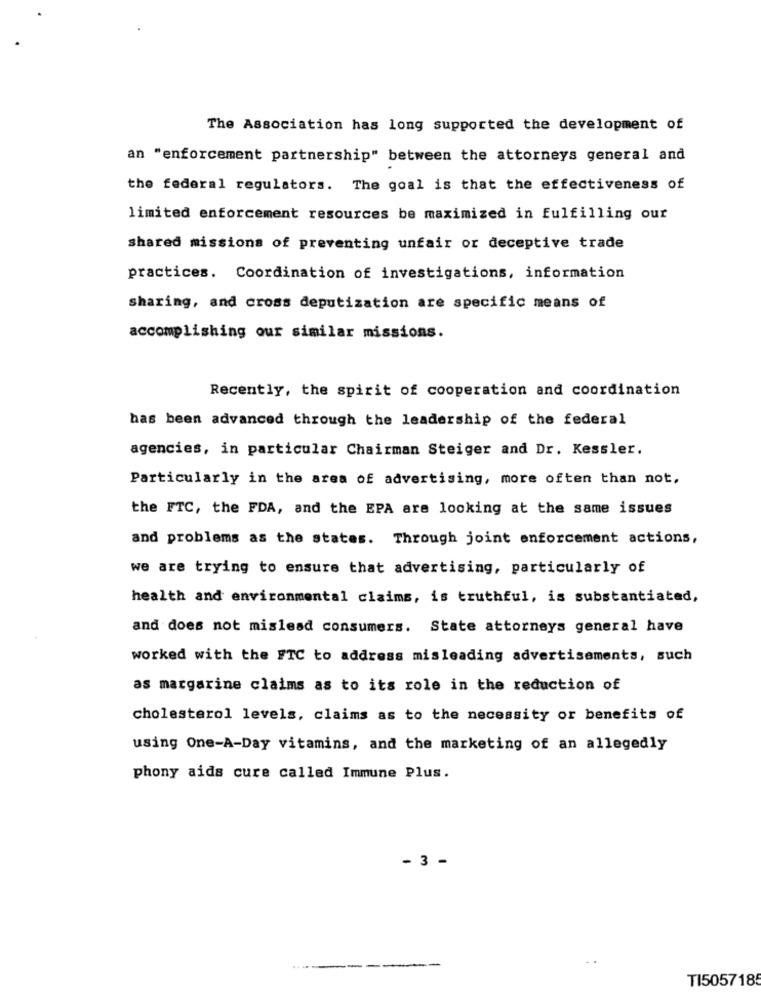
The Association has long supported the development of
an "enforcement partnership" between the attorneys general and
the federal regulators. The goal is that the effectiveness of
limited enforcement resources be maximized in fulfilling our
shared missions of preventing unfair or deceptive trade
practices. Coordination of investigations, information
sharing, and cross deputization are specific means of
accomplishing our similar missions.
Recently, the spirit of cooperation and coordination
has been advanced through the leadership of the federal
agencies, in particular Chairman Steiger and Dr. Kessler.
Particularly in the area of advertising, more often than not.
the FTC, the FDA, and the EPA are looking at the same issues
and problems as the states. Through joint enforcement actions,
we are trying to ensure that advertising, particularly of
health and environmental claims, is truthful, is substantiated,
and does not mislead consumers. State attorneys general have
worked with the FTC to address misleading advertisements, such
as margarine claims as to its role in the reduction of
cholesterol levels, claims as to the necessity or benefits of
using One-A-Day vitamins, and the marketing of an allegedly
phony aids cure called Immune Plus.
- 3 -
--
TI505718